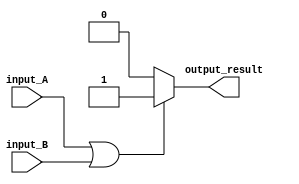
module if_else_statement_OR (
    input input_A,
    input input_B,
    output reg output_result
);

always @(*)
begin
    if (input_A || input_B) begin
        output_result = 1;
    end
    else begin
        output_result = 0;
    end
end

endmodule